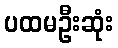
ပထမဦးဆုံး